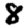
Digit: 8